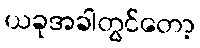
ယခုအခါတွင်တော့